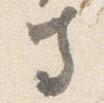
寺